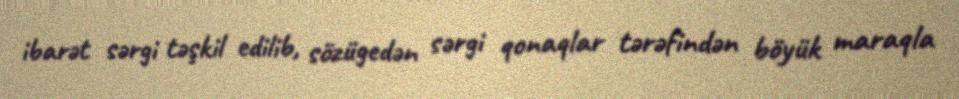
ibarət sərgi təşkil edilib, sözügedən sərgi qonaqlar tərəfindən böyük maraqla